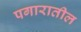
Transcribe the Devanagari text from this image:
पगारातील